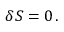
\delta S = 0 \, .